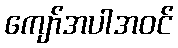
ကျော်အပါအဝင်